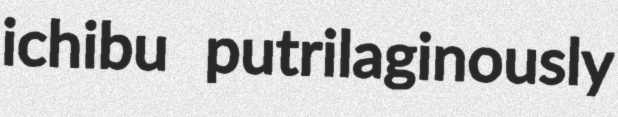
ichibu putrilaginously